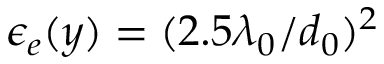
\epsilon _ { e } ( y ) = ( 2 . 5 \lambda _ { 0 } / d _ { 0 } ) ^ { 2 }